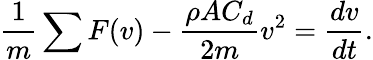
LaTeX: {\frac{1}{m}}\sum F(v)-{\frac{\rho AC_{d}}{2m}}v^{2}={\frac{dv}{dt}}.